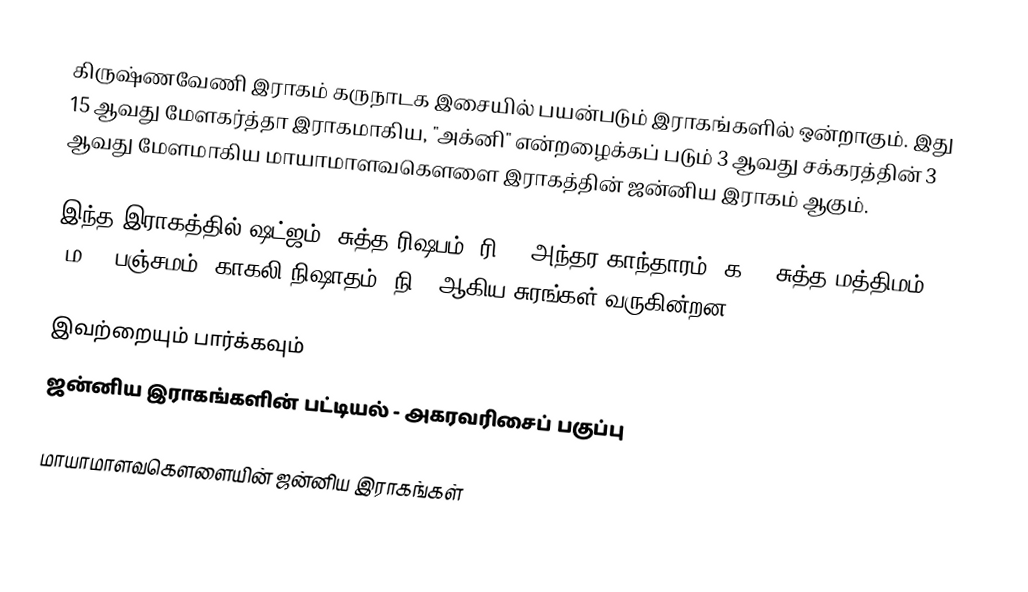
கிருஷ்ணவேணி இராகம் கருநாடக இசையில் பயன்படும் இராகங்களில் ஒன்றாகும். இது 15 ஆவது மேளகர்த்தா இராகமாகிய, "அக்னி" என்றழைக்கப் படும் 3 ஆவது சக்கரத்தின் 3 ஆவது மேளமாகிய மாயாமாளவகௌளை இராகத்தின் ஜன்னிய இராகம் ஆகும்.

இந்த இராகத்தில் ஷட்ஜம், சுத்த ரிஷபம் (ரி1),  அந்தர காந்தாரம் (க3), சுத்த மத்திமம் (ம1), பஞ்சமம், காகலி நிஷாதம்  (நி3) ஆகிய சுரங்கள் வருகின்றன.

இவற்றையும் பார்க்கவும்
 ஜன்னிய இராகங்களின் பட்டியல் - அகரவரிசைப் பகுப்பு

மாயாமாளவகௌளையின் ஜன்னிய இராகங்கள்